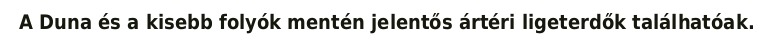
A Duna és a kisebb folyók mentén jelentős ártéri ligeterdők találhatóak.